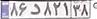
۸۶د۸۲۱۳۸